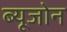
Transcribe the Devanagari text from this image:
ब्यूजोन